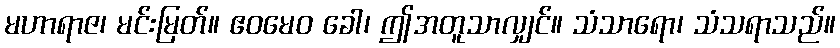
မဟာရာဇ၊ မင်းမြတ်။ ဧဝမေဝ ခေါ၊ ဤအတူသာလျှင်။ သံသာရော၊ သံသရာသည်။